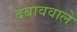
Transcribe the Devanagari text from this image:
दबाववाले